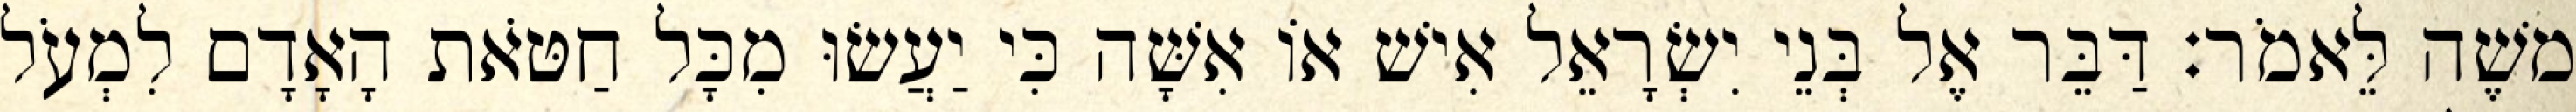
משֶׁה לֵּאמֹר׃ דַּבֵּר אֶל בְּנֵי יִשְׂרָאֵל אִישׁ אוֹ אִשָּׁה כִּי יַעֲשׂוּ מִכָּל חַטֹּאת הָאָדָם לִמְעֹל